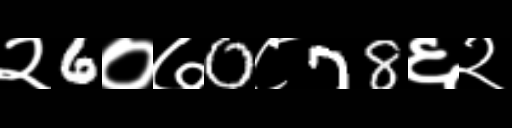
Text: २6०७0८78६२